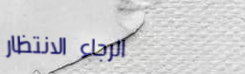
الرجاء الانتظار